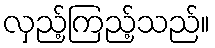
လှည့်ကြည့်သည်။